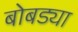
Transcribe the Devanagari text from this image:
बोबड्या